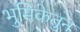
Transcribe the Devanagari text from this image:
भुमिकेतुन